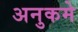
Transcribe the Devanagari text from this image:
अनुकमे